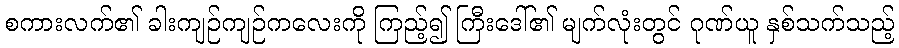
စကားလက်၏ ခါးကျဉ်ကျဉ်ကလေးကို ကြည့်၍ ကြီးဒေါ်၏ မျက်လုံးတွင် ဂုဏ်ယူ နှစ်သက်သည့်